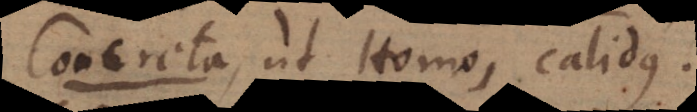
adjectiva, ut homo, calidus.